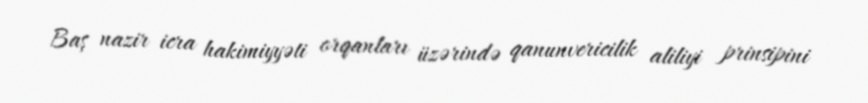
Baş nazir icra hakimiyyəti orqanları üzərində qanunvericilik aliliyi prinsipini